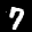
Label: 7